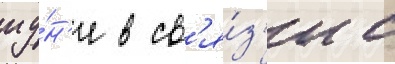
иу́н'е в св'я́з'и с